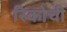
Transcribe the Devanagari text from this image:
रिकोची